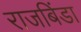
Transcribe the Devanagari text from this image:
राजबिंडा